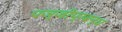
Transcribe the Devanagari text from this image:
पञ्जीप्रबन्ध